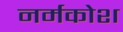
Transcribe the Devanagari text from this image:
नर्मकोश